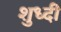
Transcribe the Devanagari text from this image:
शुध्दी